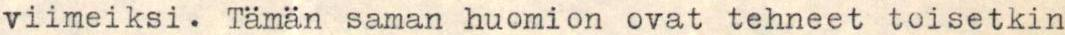
viimeiksi. Tämän saman huomion ovat tehneet toisetkin